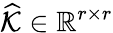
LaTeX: \widehat{\mathcal{K}}\in\mathbb{R}^{r\times r}